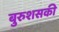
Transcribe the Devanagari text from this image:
बुरुशसकी